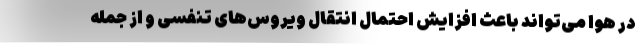
در هوا می‌تواند باعث افزایش احتمال انتقال ویروس‌های تنفسی و از جمله